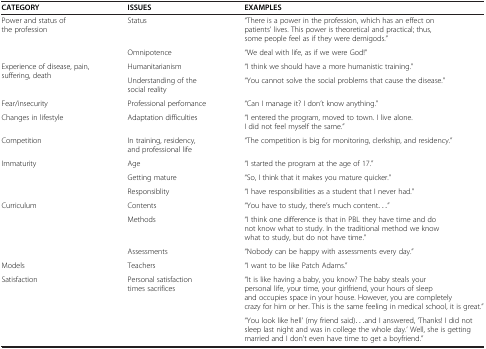
<table><thead><tr><td><b>CATEGORY</b></td><td><b>ISSUES</b></td><td><b>EXAMPLES</b></td></tr></thead><tbody><tr><td rowspan="2">Power and status of the profession</td><td>Status</td><td>“There is a power in the profession, which has an effect on patients’ lives. This power is theoretical and practical; thus, some people feel as if they were demigods.”</td></tr><tr><td>Omnipotence</td><td>“We deal with life, as if we were God!”</td></tr><tr><td rowspan="2">Experience of disease, pain, suffering, death</td><td>Humanitarianism</td><td>“I think we should have a more humanistic training.”</td></tr><tr><td>Understanding of the social reality</td><td>“You cannot solve the social problems that cause the disease.”</td></tr><tr><td>Fear/insecurity</td><td>Professional perfomance</td><td>“Can I manage it? I don’t know anything.”</td></tr><tr><td>Changes in lifestyle</td><td>Adaptation difficulties</td><td>“I entered the program, moved to town. I live alone. I did not feel myself the same.”</td></tr><tr><td>Competition</td><td>In training, residency, and professional life</td><td>“The competition is big for monitoring, clerkship, and residency.”</td></tr><tr><td rowspan="3">Immaturity</td><td>Age</td><td>“I started the program at the age of 17.”</td></tr><tr><td>Getting mature</td><td>“So, I think that it makes you mature quicker.”</td></tr><tr><td>Responsiblity</td><td>“I have responsibilities as a student that I never had.”</td></tr><tr><td rowspan="3">Curriculum</td><td>Contents</td><td>“You have to study, there’s much content...”</td></tr><tr><td>Methods</td><td>“I think one difference is that in PBL they have time and do not know what to study. In the traditional method we know what to study, but do not have time.”</td></tr><tr><td>Assessments</td><td>“Nobody can be happy with assessments every day.”</td></tr><tr><td>Models</td><td>Teachers</td><td>“I want to be like Patch Adams.”</td></tr><tr><td>Satisfaction</td><td>Personal satisfaction times sacrifices</td><td>“It is like having a baby, you know? The baby steals your personal life, your time, your girlfriend, your hours of sleep and occupies space in your house. However, you are completely crazy for him or her. This is the same feeling in medical school, it is great.”</td></tr><tr><td> </td><td> </td><td>“You look like hell’ (my friend said)...and I answered, ‘Thanks! I did not sleep last night and was in college the whole day.’ Well, she is getting married and I don’t even have time to get a boyfriend.”</td></tr></tbody></table>